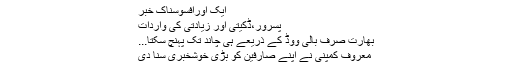
ایک اورافسوسناک خبر
پسرور،ڈکیتی اور زیادتی کی واردات
بھارت صرف بالی ووڈ کے ذریعے ہی چاند تک پہنچ سکتا...
معروف کمپنی نے اپنے صارفین کو بڑی خوشخبری سنا دی